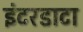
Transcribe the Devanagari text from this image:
इंटरडाटा